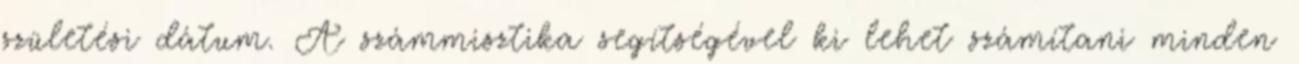
születési dátum. A számmisztika segítségével ki lehet számítani minden